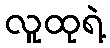
လူထုရဲ့